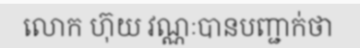
លោក ហ៊ុយ វណ្ណៈបានបញ្ជាក់ថា